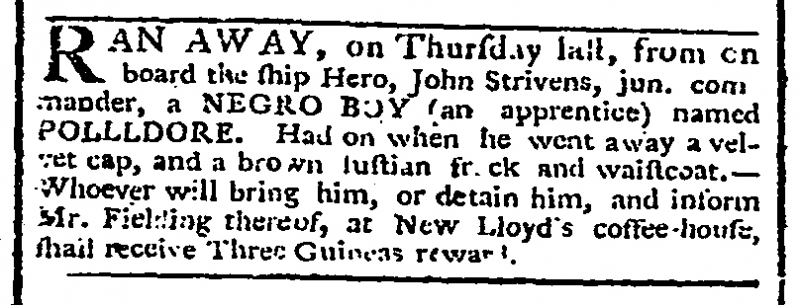
Morning Chronicle and London Advertiser, 26 February 1774 (England)
RAN AWAY, on Thursday last, from on board the ship Hero, John Strivens, jun. commander, a NEGRO BOY (an apprentice) named POLLLDORE. Had on when he went away a velvet cap, and a brown fustian frock and waistcoat. – Whoever will bring him, or detain him, and inform Mr. Fielding thereof, at New Lloyd’s coffee-house, shall receive Three Guineas reward.